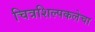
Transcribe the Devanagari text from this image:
चित्रशिल्पकलेचा